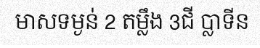
មាសទម្ងន់ 2 តម្លឹង 3ជី ប្លាទីន